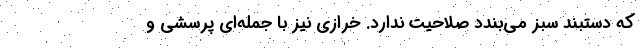
که دستبند سبز می‌بندد صلاحیت ندارد. خرازی نیز با جمله‌ای پرسشی و